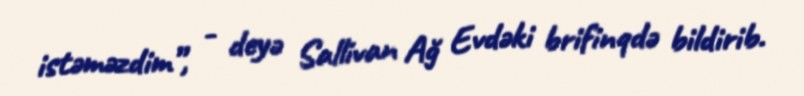
istəməzdim”, - deyə Sallivan Ağ Evdəki brifinqdə bildirib.